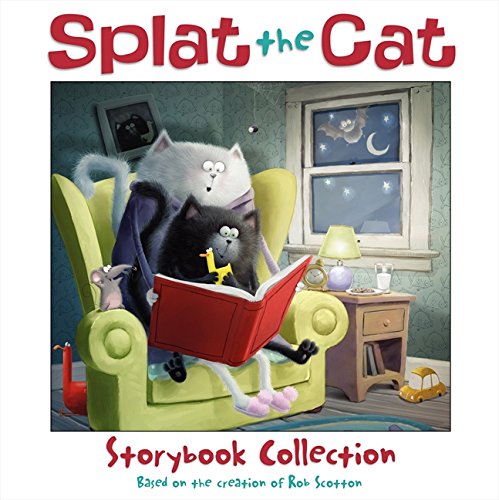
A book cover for Splat the Cat Storybook Collection; Rob Scotton; Children's Books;